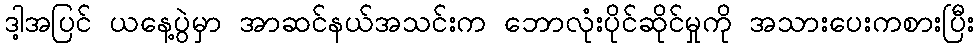
ဒါ့အပြင် ယနေ့ပွဲမှာ အာဆင်နယ်အသင်းက ဘောလုံးပိုင်ဆိုင်မှုကို အသားပေးကစားပြီး